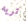
تريه